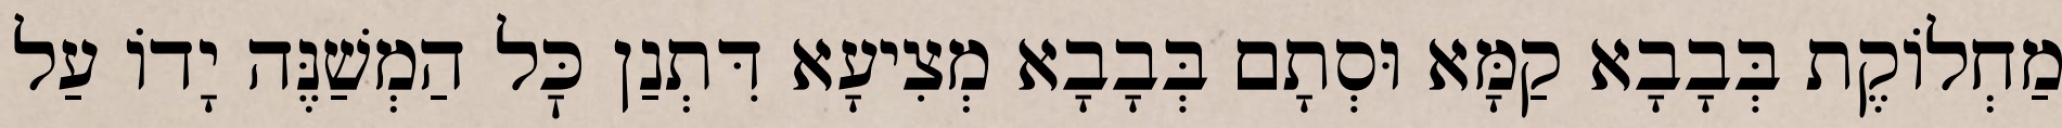
מַחְלוֹקֶת בְּבָבָא קַמָּא וּסְתָם בְּבָבָא מְצִיעָא דִּתְנַן כׇּל הַמְשַׁנֶּה יָדוֹ עַל